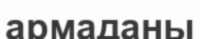
армаданы